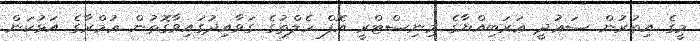
މީގެ އިތުރުން ސަޢުދީ ޢަރަބިއްޔާގެ މިނިސްޓްރީ އޮފް ހެލްތުގެ ގަވާއިދުގައިވާގޮތުން ޢުމްރާގެ އަޅުކަން